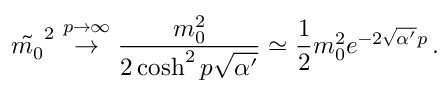
\tilde { m _ { 0 } } ^ { 2 } \stackrel { p \to \infty } { \rightarrow } \frac { m _ { 0 } ^ { 2 } } { 2 \cosh ^ { 2 } p \sqrt { \alpha ^ { \prime } } } \simeq \frac { 1 } { 2 } m _ { 0 } ^ { 2 } e ^ { - 2 \sqrt { \alpha ^ { \prime } } p } \, .